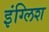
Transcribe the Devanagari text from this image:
इंग्‍लिश